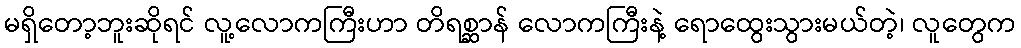
မရှိတော့ဘူးဆိုရင် လူ့လောကကြီးဟာ တိရစ္ဆာန် လောကကြီးနဲ့ ရောထွေးသွားမယ်တဲ့၊ လူတွေက